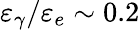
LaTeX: \varepsilon_{\gamma}/\varepsilon_{e}\sim 0.2